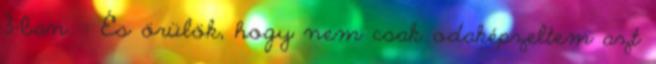
3-ban. : És örülök, hogy nem csak odaképzeltem azt